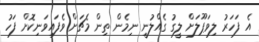
އެ ފަހަރު ލިވަޕޫލަށް ލީގު ގެއްލުނީ ނިމެން ތިން މެޗަށް ވެފައިވަނިކޮށް ފަހު